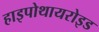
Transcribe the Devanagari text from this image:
हाइपोथायरोइड